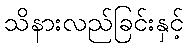
သိနားလည်ခြင်းနှင့်